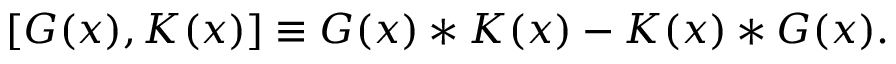
[ G ( x ) , K ( x ) ] \equiv G ( x ) * K ( x ) - K ( x ) * G ( x ) .